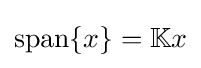
\operatorname {span} \{x\}=\mathbb {K} x